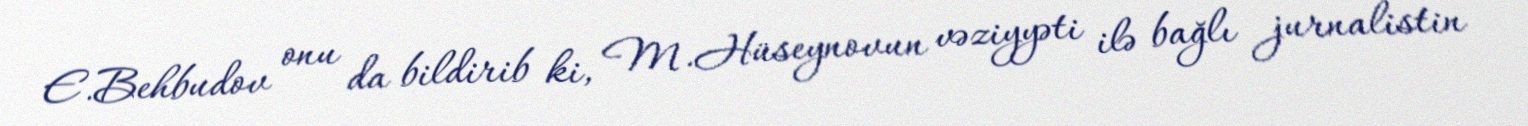
E.Behbudov onu da bildirib ki, M.Hüseynovun vəziyyəti ilə bağlı jurnalistin